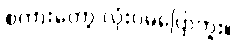
စကားတော့ လုံးဝမပြောဘူး။